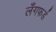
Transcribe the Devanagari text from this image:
लँगफर्ड